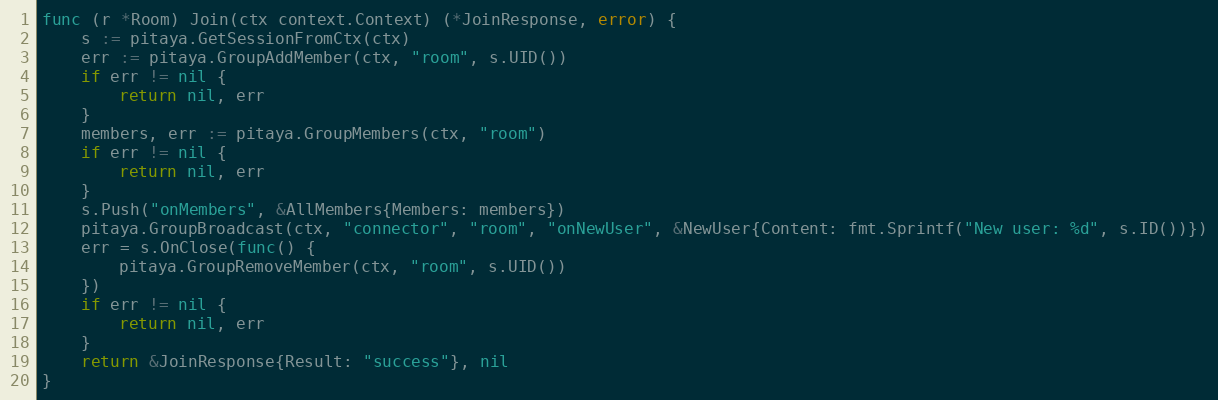
Language: Go
func (r *Room) Join(ctx context.Context) (*JoinResponse, error) {
	s := pitaya.GetSessionFromCtx(ctx)
	err := pitaya.GroupAddMember(ctx, "room", s.UID())
	if err != nil {
		return nil, err
	}
	members, err := pitaya.GroupMembers(ctx, "room")
	if err != nil {
		return nil, err
	}
	s.Push("onMembers", &AllMembers{Members: members})
	pitaya.GroupBroadcast(ctx, "connector", "room", "onNewUser", &NewUser{Content: fmt.Sprintf("New user: %d", s.ID())})
	err = s.OnClose(func() {
		pitaya.GroupRemoveMember(ctx, "room", s.UID())
	})
	if err != nil {
		return nil, err
	}
	return &JoinResponse{Result: "success"}, nil
}